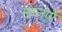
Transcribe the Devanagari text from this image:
मानणें